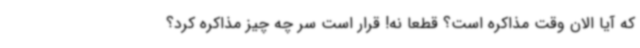
که آیا الان وقت مذاکره است؟ قطعا نه! قرار است سر چه چیز مذاکره کرد؟